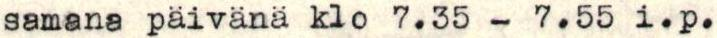
samana päivänä klo7.35 - 7.55 i.p.